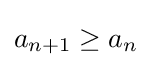
a_{n+1}\geq a_{n}